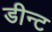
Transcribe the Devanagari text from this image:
डीन्ट